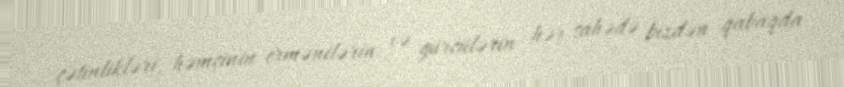
çətinlikləri, həmçinin ermənilərin və gürcülərin hər sahədə bizdən qabaqda